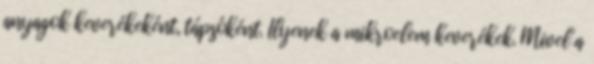
anyagok keverékeként, tápsóként. Ilyenek a mikroelem keverékek. Mivel a